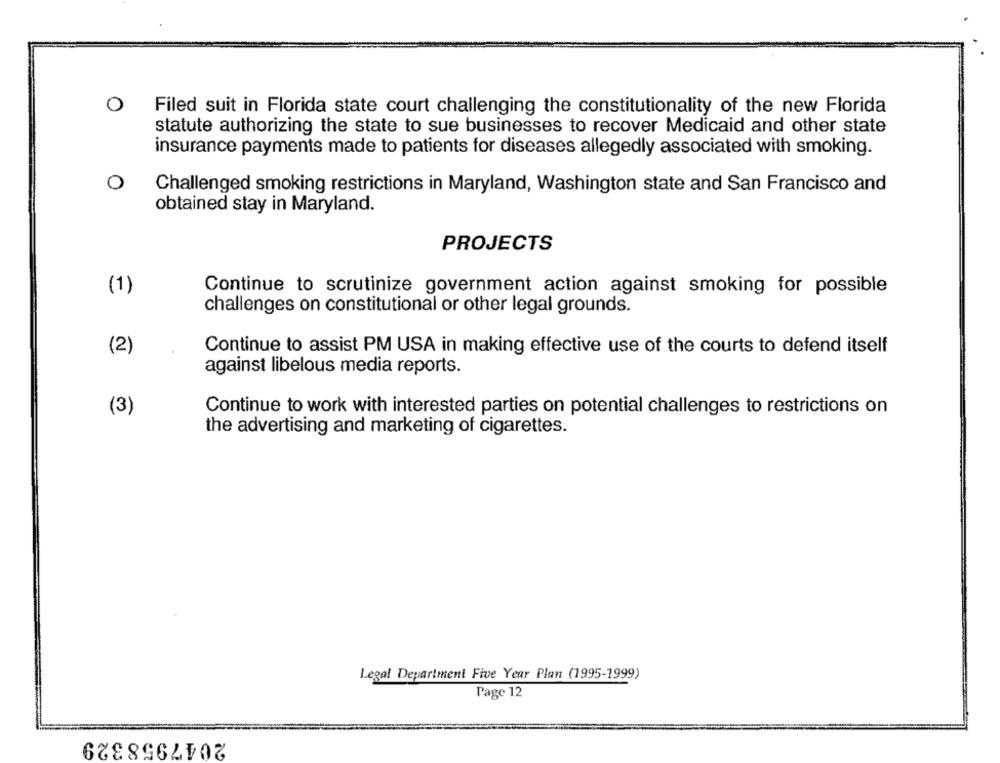
0
Filed suit in Florida state court challenging the constitutionality of the new Florida
statute authorizing the state to sue businesses to recover Medicaid and other state
insurance payments made to patients for diseases allegedly associated with smoking.
O
Challenged smoking restrictions in Maryland, Washington state and San Francisco and
obtained stay in Maryland.
PROJECTS
(1)
Continue to scrutinize government action against smoking for possible
challenges on constitutional or other legal grounds.
(2)
Continue to assist PM USA in making effective use of the courts to defend itself
against libelous media reports.
(3)
Continue to work with interested parties on potential challenges to restrictions on
the advertising and marketing of cigarettes.
Legal Department Five Year Plan (1995-1999)
Page 12
2047958329